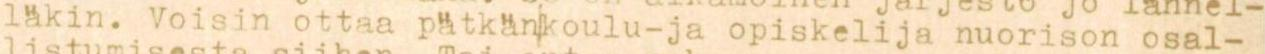
läkin. Voisin ottaa pätkänkoulu-ja opiskelija nuorison osal-